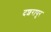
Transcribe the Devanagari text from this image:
दशरापुर